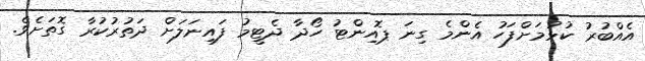
އެއްބުރު ކުޅުމަށްފަހު އެންމެ ގިނަ ޕޮއިންޓު ހޯދާ ދެޓީމު ފައިނަލަށް ދަތުރުކުރާ ގޮތަށެވެ.